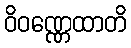
ဝိဝဏ္ဏေထာတိ